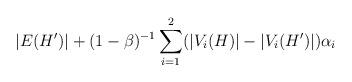
LaTeX: \begin{align*}|E(H')|+(1-\beta)^{-1}\sum_{i=1}^2 (|V_i(H)|-|V_i(H')|)\alpha_i \end{align*}